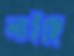
লাইছে